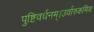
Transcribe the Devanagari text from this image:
पुष्टिवर्धनम्।उर्वारुकमिव